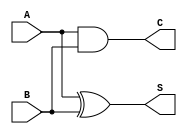
module half_adder(A, B, S, C);
	input A, B;
	output S, C;

	xor(S, A, B);
	and(C, A, B);
endmodule

module half_adder_tb;
	reg a, b;
	wire s, c;

	half_adder hf(.A(a), .B(b), .S(s), .C(c));

	initial begin
		a = 1'b0; b = 1'b0; #50;
		a = 1'b0; b = 1'b1; #50;
		a = 1'b1; b = 1'b0; #50;
		a = 1'b1; b = 1'b1; #50;
	end
endmodule